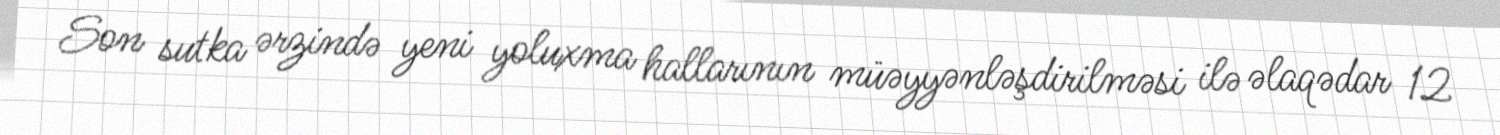
Son sutka ərzində yeni yoluxma hallarının müəyyənləşdirilməsi ilə əlaqədar 12